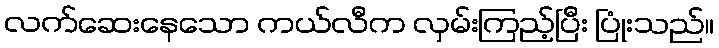
လက်ဆေးနေသော ကယ်လီက လှမ်းကြည့်ပြီး ပြုံးသည်။